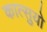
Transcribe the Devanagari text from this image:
कात्सुयो